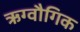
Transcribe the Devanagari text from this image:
ऋग्वौगिक